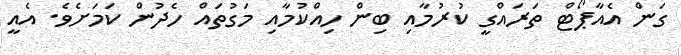
ގަން އެއާޕޯޓް ތަރައްގީ ކުރުމާއި ބިން ހިއްކުމާއި މަގުތައް ހެދުން ކަމަށެވެ. އެއީ